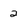
Character: 2